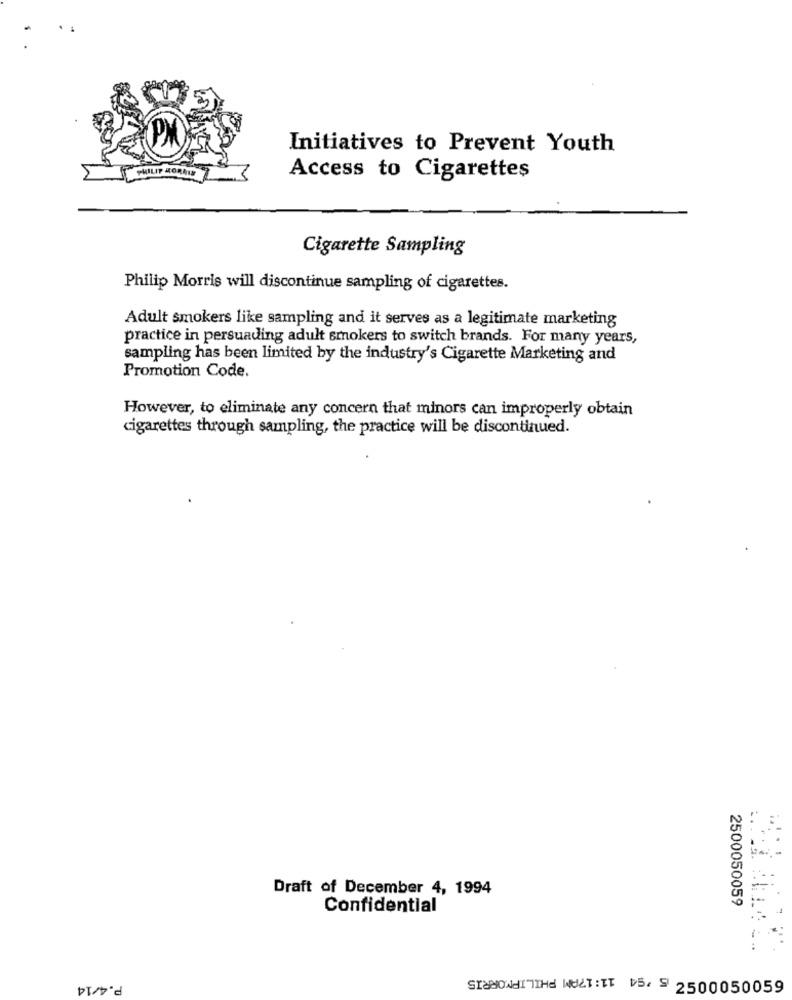
Initiatives to Prevent Youth
Access to Cigarettes
Cigarette Sampling
Philip Morris will discontinue sampling of cigarettes.
Adult smokers like sampling and it serves as a legitimate marketing
practice in persuading adult smokers to switch brands. For many years,
sampling has been limited by the industry's Cigarette Marketing and
Promotion Code.
However, to eliminate any concern that minors can improperly obtain
cigarettes through sampling, the practice will be discontinued.
:.
Draft of December 4, 1994
2500050059
Confidential
P.4/14
SOITTHE WELT : TT 5 2500050059